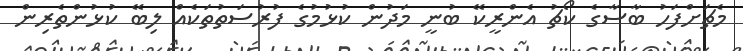
މެޗަށްފަހު ބާސާގެ ކޯޗު އެންރީކޭ ބުނީ މަދުން ކުޅުމުގެ ފުރުސަތުތަކެއް ލިބޭ ކުޅުންތެރިން